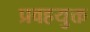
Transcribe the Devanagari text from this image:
प्रवहयुक्त